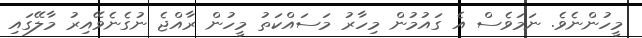
މީހުންނެވެ. ނަމަވެސް އެ ގައުމުން މިހާރު މަސައްކަތު މީހުން ރާއްޖެ ނުގެނެވޭއިރު މާލޭގައި